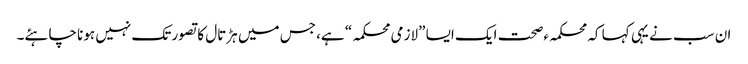
ان سب نے یہی کہا کہ محکمہءصحت ایک ایسا ”لازمی محکمہ“ ہے، جس میں ہڑتال کا تصور تک نہیں ہونا چاہئے۔